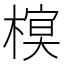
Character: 𣘔